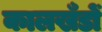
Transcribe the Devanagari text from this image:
कालखँडों